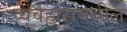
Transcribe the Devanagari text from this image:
व्यवहारामधील